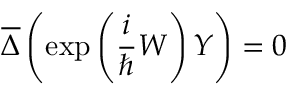
\overline { { { \Delta } } } \left( \exp \left( \frac i \hbar W \right) Y \right) = 0